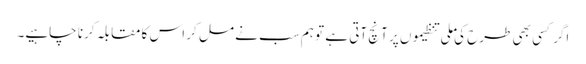
اگر کسی بھی طرح کی ملی تنظیموں پر آنچ آتی ہے تو ہم سب نے مل کر اس کا مقابلہ کرنا چاہیے۔